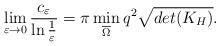
LaTeX: \begin{align*}\lim_{\varepsilon\to 0}\frac{c_\varepsilon}{\ln\frac{1}{\varepsilon}}=\pi \min\limits_{\overline{\Omega} }q^2\sqrt{det(K_H)}.\end{align*}